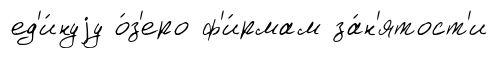
ед'и́нуjу о́з'еро ф'и́рмам за́н'ятост'и